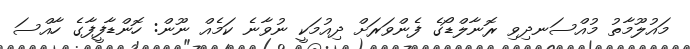
މައުލޫމާތު މުއްސަނދިވި ރޮނާލްޑޯގެ ފެންވަރަށް ދިއުމަކީ ނުވާނެ ކަމެއް ނޫން: ހޮންޑާފީފާގެ ހާއްސަ